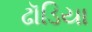
ઢૉડિયા